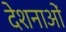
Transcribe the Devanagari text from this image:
देशनाओं